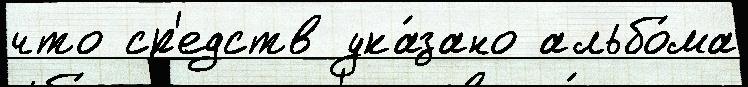
что ср'едств ука́зано альбо́ма